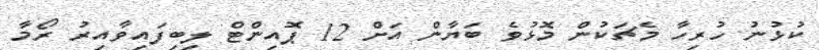
ކުޅުނު ހުރިހާ މެޗަކުން މޮޅުވެ ބަޔާން އަށް 12 ޕޮއިންޓް ލިބިފައިވާއިރު ރޯމާ